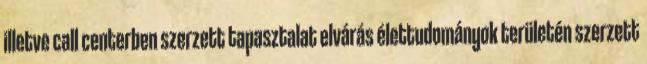
illetve call centerben szerzett tapasztalat elvárás élettudományok területén szerzett